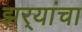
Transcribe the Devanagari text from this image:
झर्‍यांचा